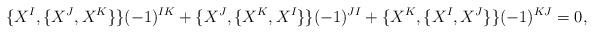
LaTeX: \begin{align*} \{X^I, \{X^J, X^K\}\} (-1)^{IK} + \{X^J, \{X^K, X^I\}\} (-1)^{JI} + \{X^K, \{X^I, X^J\}\} (-1)^{KJ} = 0,\end{align*}